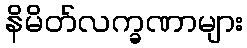
နိမိတ်လက္ခဏာများ